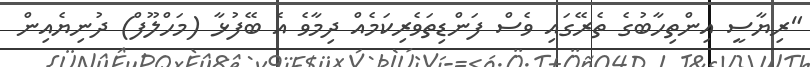
"ރިޔާސީ އިންތިހާބުގެ ތެރޭގައި ވެސް ފަންޑިތަވެރިކަމެއް ދިމާވެ އެ ބޭފުޅާ (މަހްލޫފް) ދުނިޔެއިން